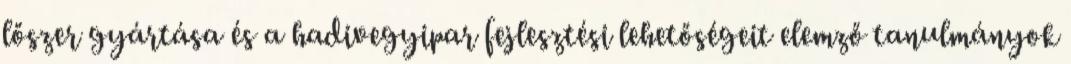
lőszer gyártása és a hadivegyipar fejlesztési lehetőségeit elemző tanulmányok